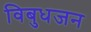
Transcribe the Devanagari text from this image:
विबुधजन